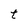
Character: t